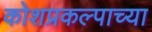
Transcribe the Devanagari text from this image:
कोशप्रकल्पाच्या